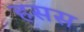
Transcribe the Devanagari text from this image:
हसस